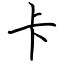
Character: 卡